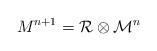
LaTeX: \begin{align*}{M}^{n+1}={\cal R}\otimes {\cal M}^{n}\end{align*}